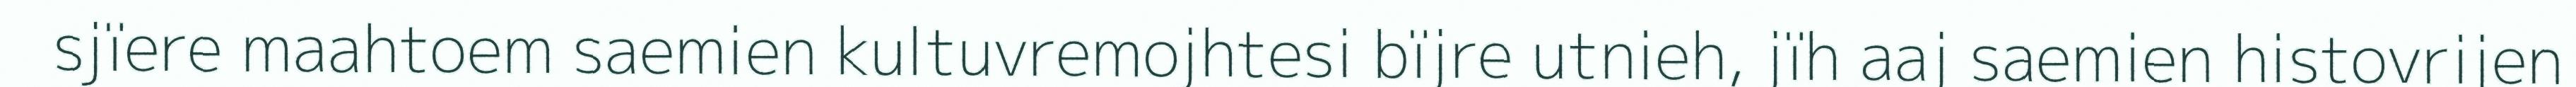
sjïere maahtoem saemien kultuvremojhtesi bïjre utnieh, jïh aaj saemien histovrijen